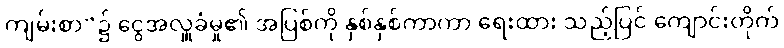
ကျမ်းစာ”၌ ငွေအလှူခံမှု၏ အပြစ်ကို နှစ်နှစ်ကာကာ ရေးထား သည့်ပြင် ကျောင်းတိုက်